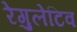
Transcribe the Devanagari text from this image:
रेगुलेटिव